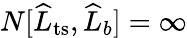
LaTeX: N[\widehat{L}_{\mathrm{ts}},\widehat{L}_{b}]=\infty